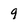
Character: q